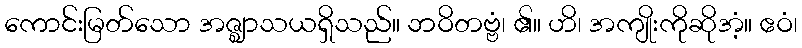
ကောင်းမြတ်သော အဇ္ဈာသယရှိသည်။ ဘဝိတဗ္ဗံ၊ ၏။ ဟိ၊ အကျိုးကိုဆိုအံ့။ ဧဝံ၊